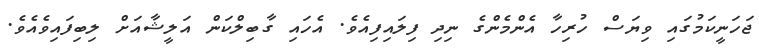
ޖަހަނީކަމުގައި ވިޔަސް ހުރިހާ އެންމެންގެ ނިދި ފިލައިފިއެވެ. އެހައި ގާބިލްކަން އަލީޝާއަށް ލިބިފައިވެއެވެ.